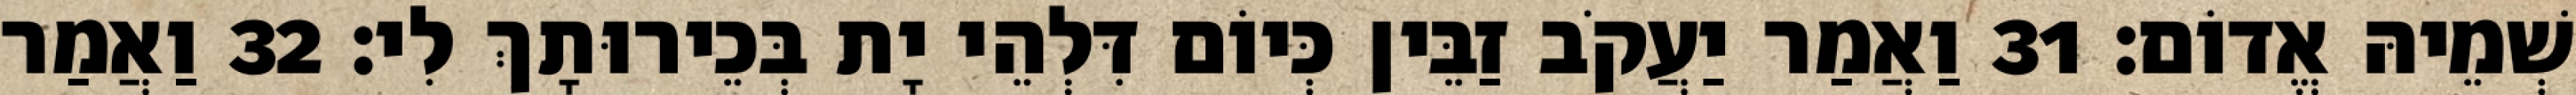
שְׁמֵיהּ אֱדוֹם׃ 31 וַאֲמַר יַעֲקֹב זַבֵּין כְּיוֹם דִּלְהֵי יָת בְּכֵירוּתָךְ לִי׃ 32 וַאֲמַר